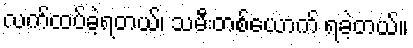
လက်ထပ်ခဲ့ရတယ်၊ သမီးတစ်ယောက် ရခဲ့တယ်။